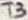
Text: T3